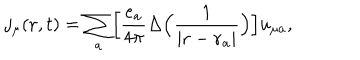
j _ { \mu } ( { \bf r } , t ) = \sum _ { a } \Bigl [ \frac { e _ { a } } { 4 \pi } \Delta \Bigl ( \frac { 1 } { \vert { \bf r } - { \bf r } _ { a } \vert } \Bigr ) \Bigr ] u _ { \mu a } ,